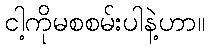
ငါ့ကိုမစစမ်းပါနဲ့ဟာ။